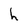
Character: h